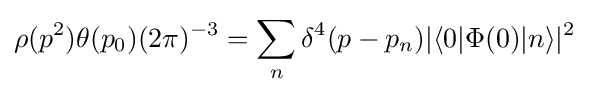
\rho (p^{2})\theta (p_{0})(2\pi )^{-3}=\sum _{n}\delta ^{4}(p-p_{n})|\langle 0|\Phi (0)|n\rangle |^{2}